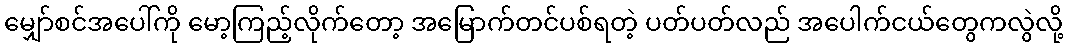
မျှော်စင်အပေါ်ကို မော့ကြည့်လိုက်တော့ အမြောက်တင်ပစ်ရတဲ့ ပတ်ပတ်လည် အပေါက်ငယ်တွေကလွဲလို့